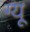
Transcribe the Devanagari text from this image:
ग्यू